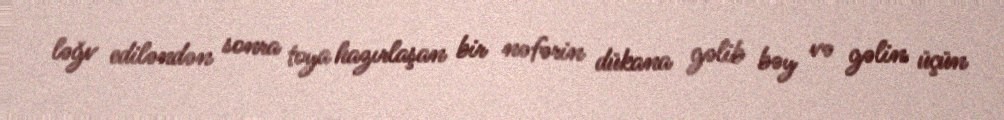
ləğv ediləndən sonra toya hazırlaşan bir nəfərin dükana gəlib bəy və gəlin üçün